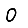
Digit: 0